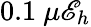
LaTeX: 0.1\ \mu\mathscr{E}_{h}